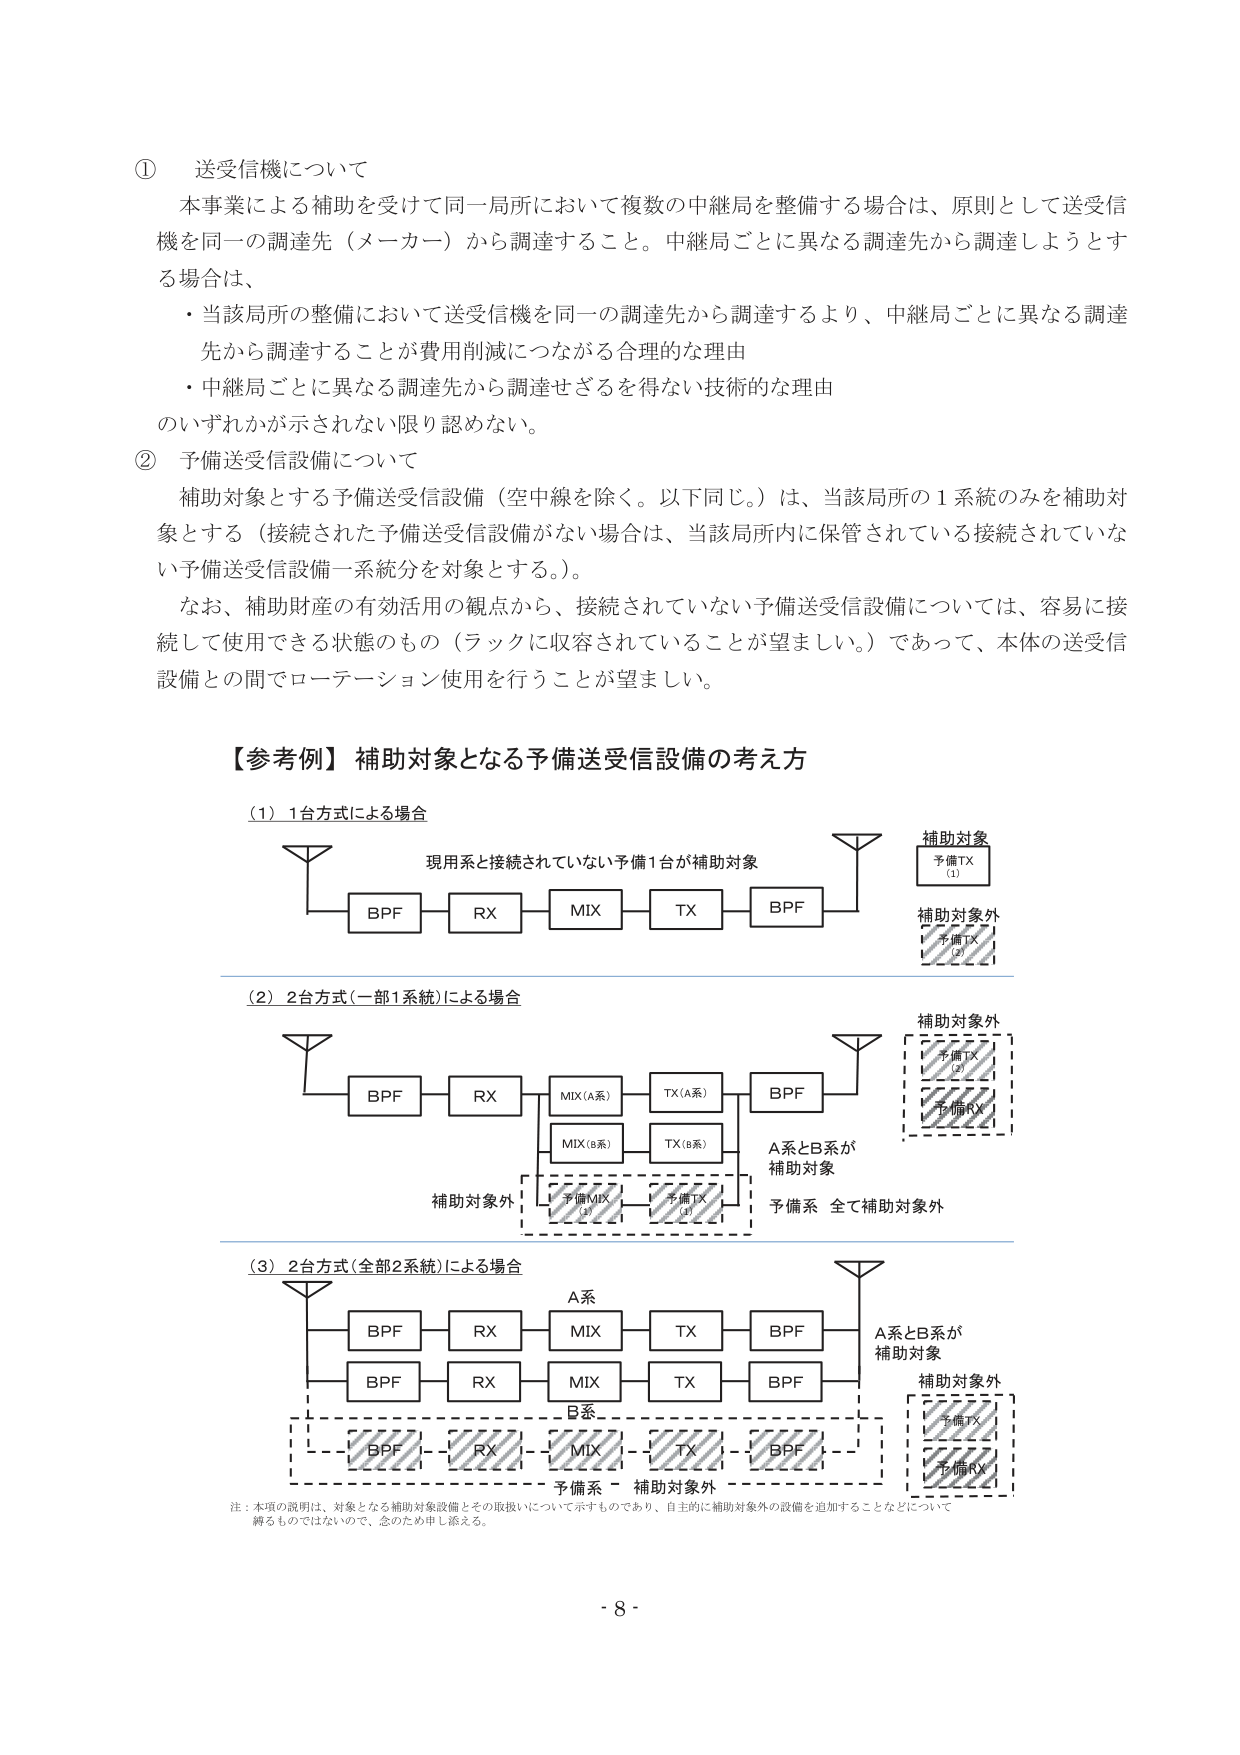
① 送受信機について
本事業による補助を受けて同一局所において複数の中継局を整備する場合は、原則として送受信機を同一の調達先（メーカー）から調達すること。中継局ごとに異なる調達先から調達しようとする場合は、
・当該局所の整備において送受信機を同一の調達先から調達するより、中継局ごとに異なる調達先から調達することが費用削減につながる合理的な理由
・中継局ごとに異なる調達先から調達せざるを得ない技術的な理由
のいずれかが示されない限り認めない。

② 予備送受信設備について
補助対象とする予備送受信設備（空中線を除く。以下同じ。）は、当該局所の1系統のみを補助対象とする（接続された予備送受信設備がない場合は、当該局所内に保管されている接続されていない予備送受信設備一系統分を対象とする。）。
なお、補助財産の有効活用の観点から、接続されていない予備送受信設備については、容易に接続して使用できる状態のもの（ラックに収容されていることが望ましい。）であって、本体の送受信設備との間でローテーション使用を行うことが望ましい。

【参考例】補助対象となる予備送受信設備の考え方

（1）1台方式による場合
現用系と接続されていない予備1台が補助対象
BPF — RX — MIX — TX — BPF
補助対象
予備TX（1）
補助対象外
予備TX（2）

（2）2台方式（一部1系統）による場合
BPF — RX — MIX（A系） — TX（A系） — BPF
　　　　　　　　MIX（B系） — TX（B系）
補助対象外
予備MIX（1）　予備TX（1）
A系とB系が
補助対象
予備系 全て補助対象外
補助対象外
予備TX（2）
予備RX（2）

（3）2台方式（全部2系統）による場合
A系
BPF — RX — MIX — TX — BPF
B系
BPF — RX — MIX — TX — BPF
補助対象外
予備BPF — 予備RX — 予備MIX — 予備TX — 予備BPF
A系とB系が
補助対象
補助対象外
予備TX（2）
予備RX（2）

注：本項の説明は、対象となる補助対象設備とその取扱いについて示すものであり、自主的に補助対象外の設備を追加することなどについて縛るものではないので、念のため申し添える。

- 8 -